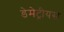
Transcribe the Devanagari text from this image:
डेमेट्रीयस